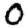
Digit: 0